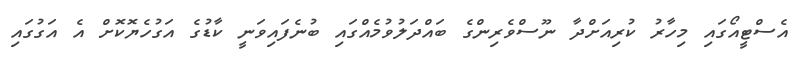
އެސްޓީއޯގައި މިހާރު ކުރިއަށްދާ ނޫސްވެރިންގެ ބައްދަލުވުމެއްގައި ބުނެފައިވަނީ ކާޑުގެ އަގުހެޔޮކޮށް އެ އަގުގައި